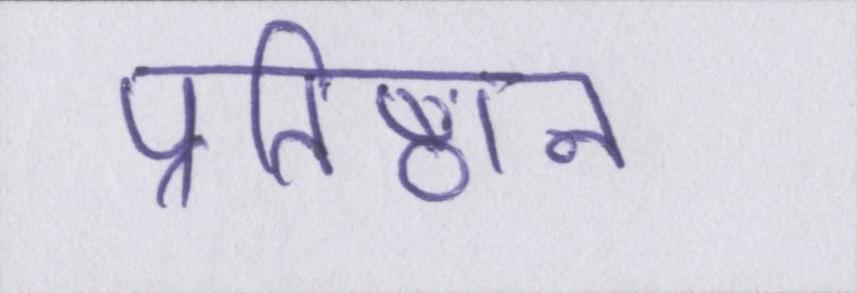
प्रतिष्ठान